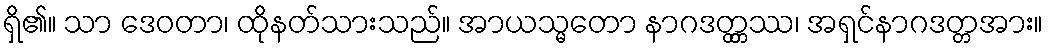
ရှိ၏။ သာ ဒေဝတာ၊ ထိုနတ်သားသည်။ အာယသ္မတော နာဂဒတ္တ္တဿ၊ အရှင်နာဂဒတ္တအား။